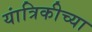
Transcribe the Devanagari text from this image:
यांत्रिकीच्या